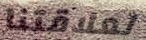
لعلاقتنا